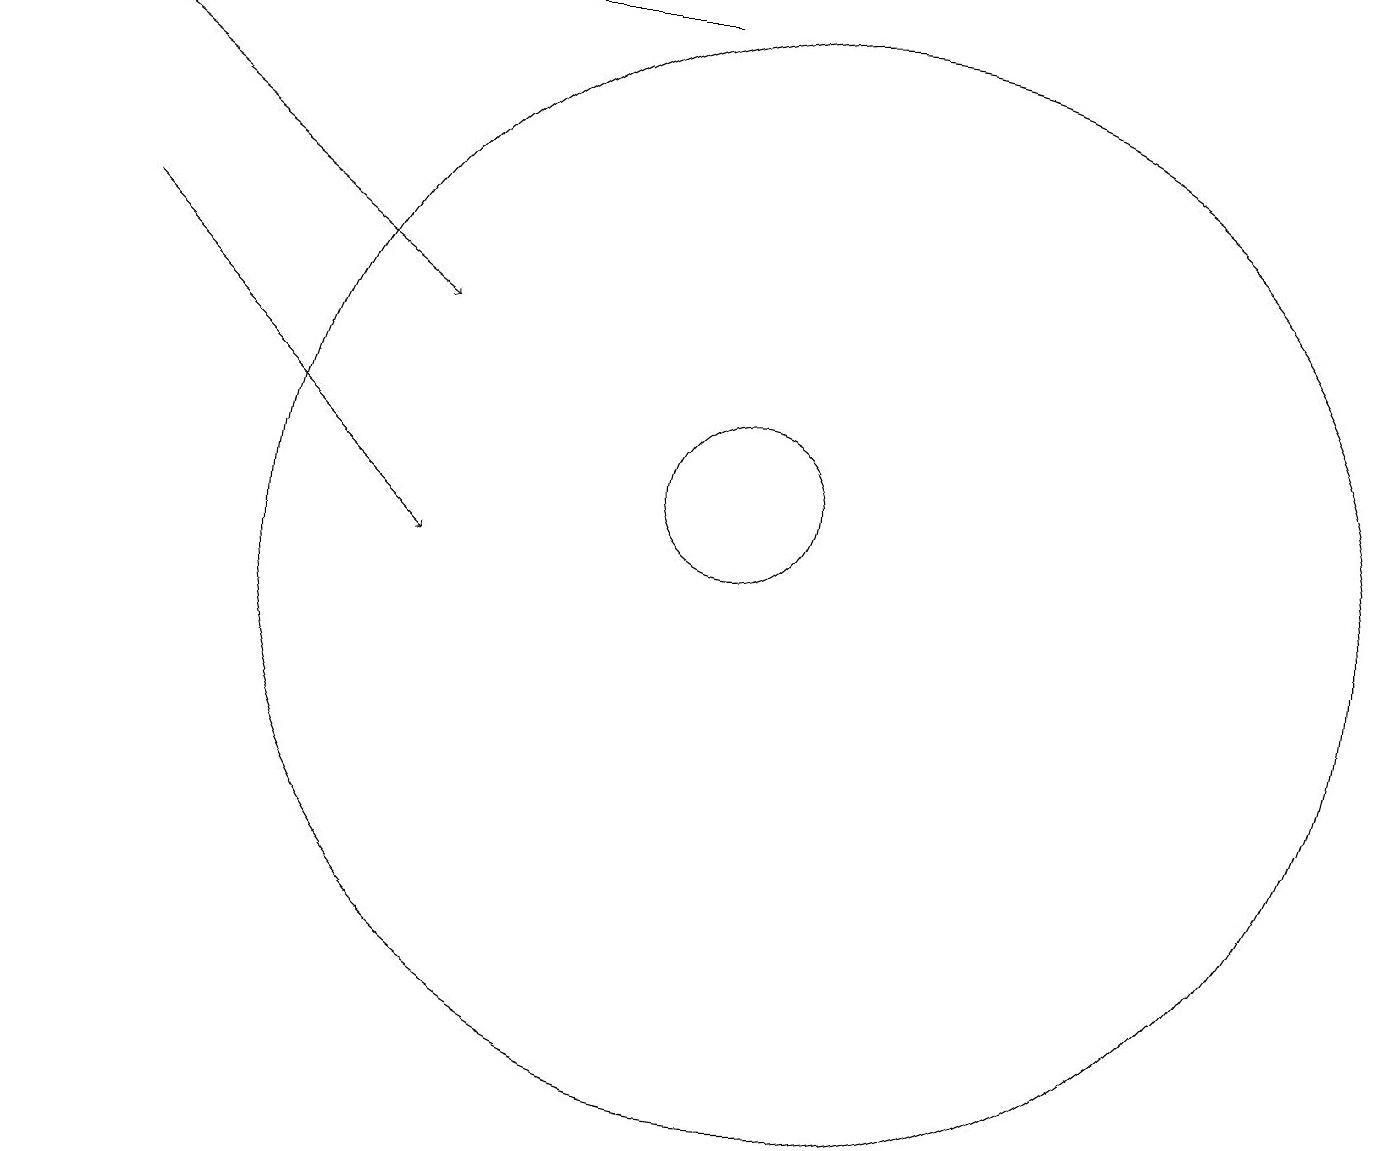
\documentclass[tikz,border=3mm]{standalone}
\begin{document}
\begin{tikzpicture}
\draw (10,11) circle (1);
\draw (4,17) rectangle (9,17);
\draw[->] (1,17) -- (6,13);
\draw (11,10) circle (7);
\draw[->] (2,14) -- (6,10);
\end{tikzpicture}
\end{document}